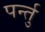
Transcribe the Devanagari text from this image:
पर्न्तु